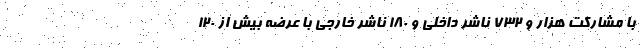
با مشارکت هزار و ۷۳۲ ناشر داخلی و ۱۸۰ ناشر خارجی با عرضه بیش از ۱۲۰